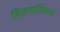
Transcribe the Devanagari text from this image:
विलसतितमां